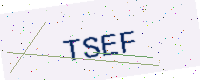
Text: TSEF